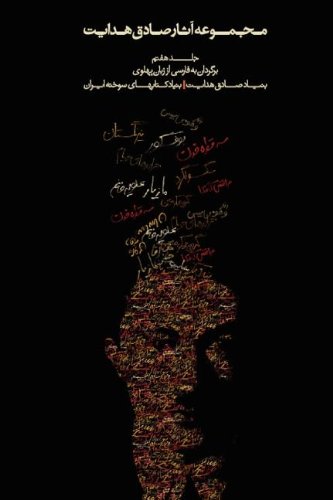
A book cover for Complete Works - Volume VII - Translations from PÃ hlÃ vi (Persian Edition); Religion & Spirituality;